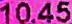
10.45